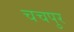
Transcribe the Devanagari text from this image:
चचपुर